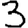
Digit: 3